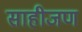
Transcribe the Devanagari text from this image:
साहीजण